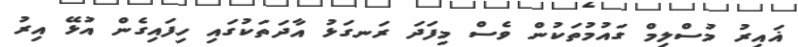
ޣައިރު މުސްލިމް ގައުމުތަކުން ވެސް މިފަދަ ރަނގަޅު އާދަތަކުގައި ހިފައިގެން އުޅޭ އިރު